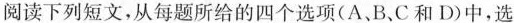
阅读下列短文,从每题所给的四个选项(A、B.C和 D)中,选